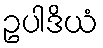
ဥပါဒိယံ